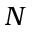
N